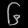
Digit: ၆